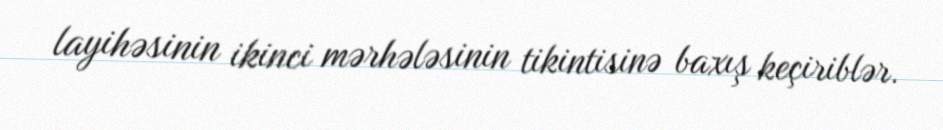
layihəsinin ikinci mərhələsinin tikintisinə baxış keçiriblər.